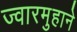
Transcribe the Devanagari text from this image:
ज्वारमुहाने